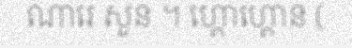
ណារេ សួន ។ ហ្គោហ្គោន (